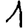
Digit: 1